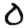
Digit: 0